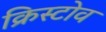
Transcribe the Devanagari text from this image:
क्रिस्टोव